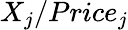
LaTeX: X_{j}/Price_{j}